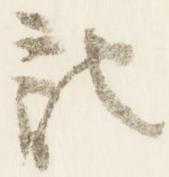
記